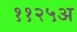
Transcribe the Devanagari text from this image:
११२५अ